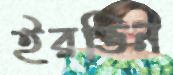
ইরভিন